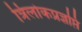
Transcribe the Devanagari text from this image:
त्रिलोकप्रज्ञप्ति